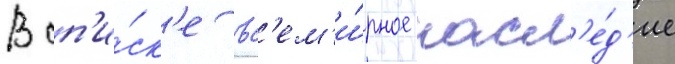
В сп'и́ск'е вс'ем'и́рное насл'е́д'ие